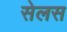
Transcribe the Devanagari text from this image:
सेलस